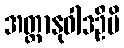
အတ္တာနုဝါဒဦမိ